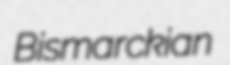
Bismarckian